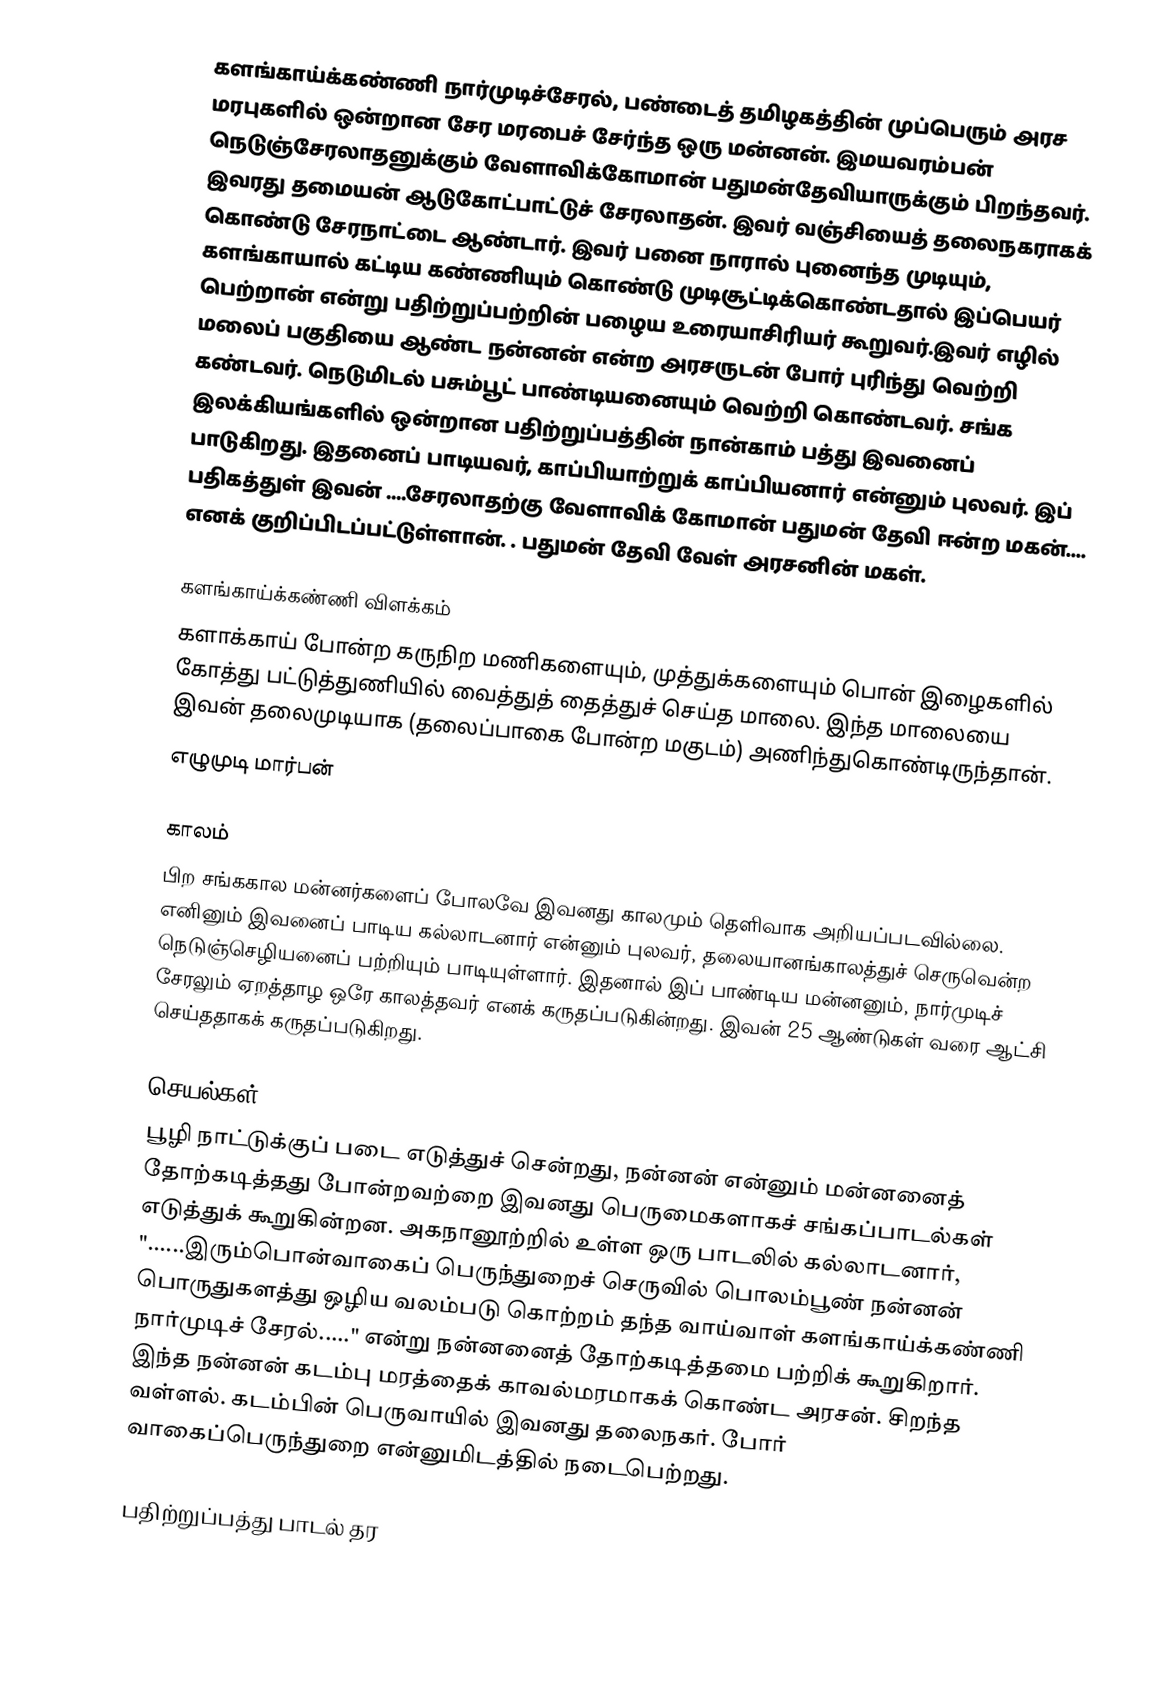
களங்காய்க்கண்ணி நார்முடிச்சேரல், பண்டைத் தமிழகத்தின் முப்பெரும் அரச மரபுகளில் ஒன்றான சேர மரபைச் சேர்ந்த ஒரு மன்னன். இமயவரம்பன் நெடுஞ்சேரலாதனுக்கும் வேளாவிக்கோமான் பதுமன்தேவியாருக்கும் பிறந்தவர். இவரது தமையன் ஆடுகோட்பாட்டுச் சேரலாதன். இவர் வஞ்சியைத் தலைநகராகக் கொண்டு சேரநாட்டை ஆண்டார். இவர் பனை நாரால் புனைந்த முடியும், களங்காயால் கட்டிய கண்ணியும் கொண்டு முடிசூட்டிக்கொண்டதால்  இப்பெயர் பெற்றான் என்று பதிற்றுப்பற்றின் பழைய உரையாசிரியர் கூறுவர்.இவர் எழில் மலைப் பகுதியை ஆண்ட நன்னன் என்ற அரசருடன் போர் புரிந்து வெற்றி கண்டவர். நெடுமிடல் பசும்பூட் பாண்டியனையும் வெற்றி கொண்டவர். சங்க இலக்கியங்களில் ஒன்றான பதிற்றுப்பத்தின் நான்காம் பத்து இவனைப் பாடுகிறது. இதனைப் பாடியவர், காப்பியாற்றுக் காப்பியனார் என்னும் புலவர். இப் பதிகத்துள் இவன் ....சேரலாதற்கு வேளாவிக் கோமான் பதுமன் தேவி ஈன்ற மகன்.... எனக் குறிப்பிடப்பட்டுள்ளான். . பதுமன் தேவி வேள் அரசனின் மகள்.

களங்காய்க்கண்ணி விளக்கம்
களாக்காய் போன்ற கருநிற மணிகளையும், முத்துக்களையும் பொன் இழைகளில் கோத்து பட்டுத்துணியில் வைத்துத் தைத்துச் செய்த மாலை. இந்த மாலையை இவன் தலைமுடியாக (தலைப்பாகை போன்ற மகுடம்) அணிந்துகொண்டிருந்தான்.
எழுமுடி மார்பன்

காலம்
பிற சங்ககால மன்னர்களைப் போலவே இவனது காலமும் தெளிவாக அறியப்படவில்லை. எனினும் இவனைப் பாடிய கல்லாடனார் என்னும் புலவர், தலையானங்காலத்துச் செருவென்ற நெடுஞ்செழியனைப் பற்றியும் பாடியுள்ளார். இதனால் இப் பாண்டிய மன்னனும், நார்முடிச் சேரலும் ஏறத்தாழ ஒரே காலத்தவர் எனக் கருதப்படுகின்றது. இவன் 25 ஆண்டுகள் வரை ஆட்சி செய்ததாகக் கருதப்படுகிறது.

செயல்கள்
பூழி நாட்டுக்குப் படை எடுத்துச் சென்றது, நன்னன் என்னும் மன்னனைத் தோற்கடித்தது போன்றவற்றை இவனது பெருமைகளாகச் சங்கப்பாடல்கள் எடுத்துக் கூறுகின்றன. அகநானூற்றில் உள்ள ஒரு பாடலில் கல்லாடனார், "......இரும்பொன்வாகைப் பெருந்துறைச் செருவில் பொலம்பூண் நன்னன் பொருதுகளத்து ஒழிய வலம்படு கொற்றம் தந்த வாய்வாள் களங்காய்க்கண்ணி நார்முடிச் சேரல்....." என்று நன்னனைத் தோற்கடித்தமை பற்றிக் கூறுகிறார். இந்த நன்னன் கடம்பு மரத்தைக் காவல்மரமாகக் கொண்ட அரசன். சிறந்த வள்ளல். கடம்பின் பெருவாயில் இவனது தலைநகர். போர் வாகைப்பெருந்துறை என்னுமிடத்தில் நடைபெற்றது.

பதிற்றுப்பத்து பாடல் தர